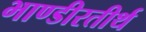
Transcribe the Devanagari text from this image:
भाण्डीरतीर्थ